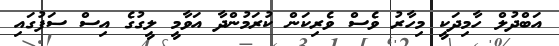
އަބްދުލް ހާމިދަކީ މިހާރު ވެސް ވެރިކަން ކުރަމުންދާ އަވާމީ ލީގުގެ އިސް ސަފުގައި